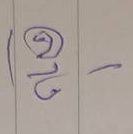
ล่าง